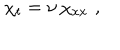
LaTeX: \chi _ { t } = \nu \, \chi _ { x x } \, \, ,